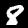
Digit: 8